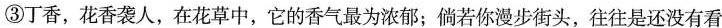
③丁香，花香袭人，在花草中，它的香气最为浓郁；倘若你漫步街头，往往是还没有看